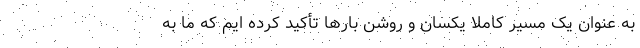
به عنوان یک مسیر کاملا یکسان و روشن بارها تأکید کرده ایم که ما به